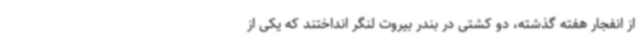
از انفجار هفته گذشته، دو کشتی در بندر بیروت لنگر انداختند که یکی از